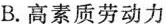
B.高素质劳动力